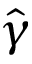
\hat { \gamma }